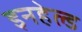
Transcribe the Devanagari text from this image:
इनहेल्ड